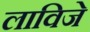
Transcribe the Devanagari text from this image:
लाविजे